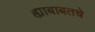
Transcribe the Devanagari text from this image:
ह्याबाबतचे